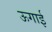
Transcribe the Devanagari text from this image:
ऊगाई